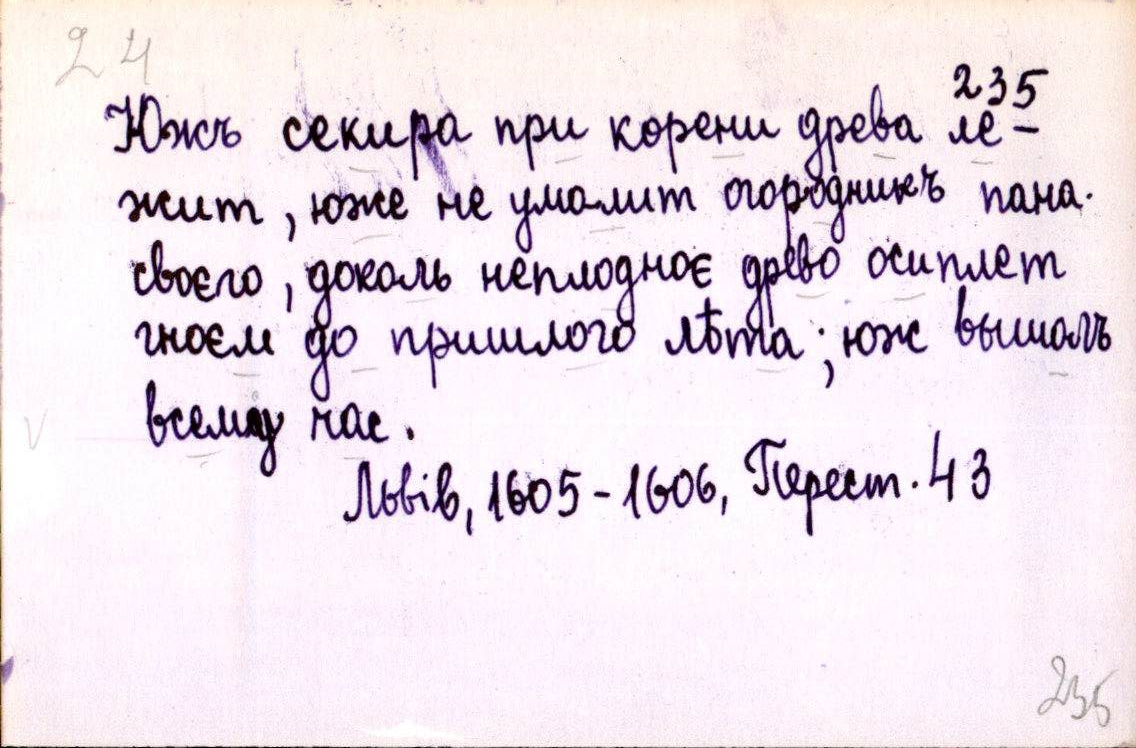
Южъ секира при корени древа ле-
жит, юже не умолит огородникъ пана
своєго, доколь неплодноє древо осиплет
гноєм до пришлого лѣта; юж вышолъ
всему час.
Львів, 1605-1606, Перест. 43